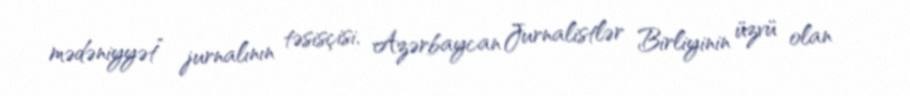
mədəniyyət” jurnalının təsisçisi, Azərbaycan Jurnalistlər Birliyinin üzvü olan